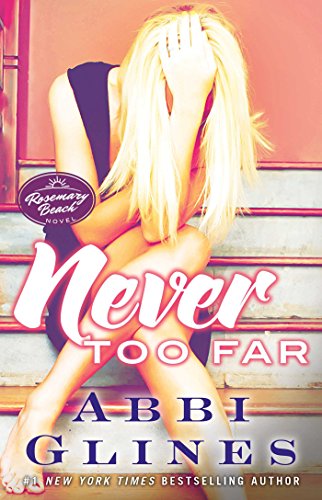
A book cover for Never Too Far: A Rosemary Beach Novel (The Rosemary Beach Series); Abbi Glines; Romance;